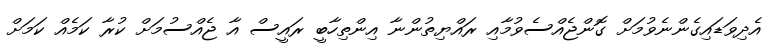
އެދިވަޑައިގެންނެވުމަށް ގޮންޖެއްސެވުމާއި ރައްޔިތުންނާ އިންތިހާބީ ރައީސް އާ ޖެއްސުމަށް ކުރާ ކަމެއް ކަމަށް